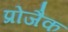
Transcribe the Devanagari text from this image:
प्रोजैक